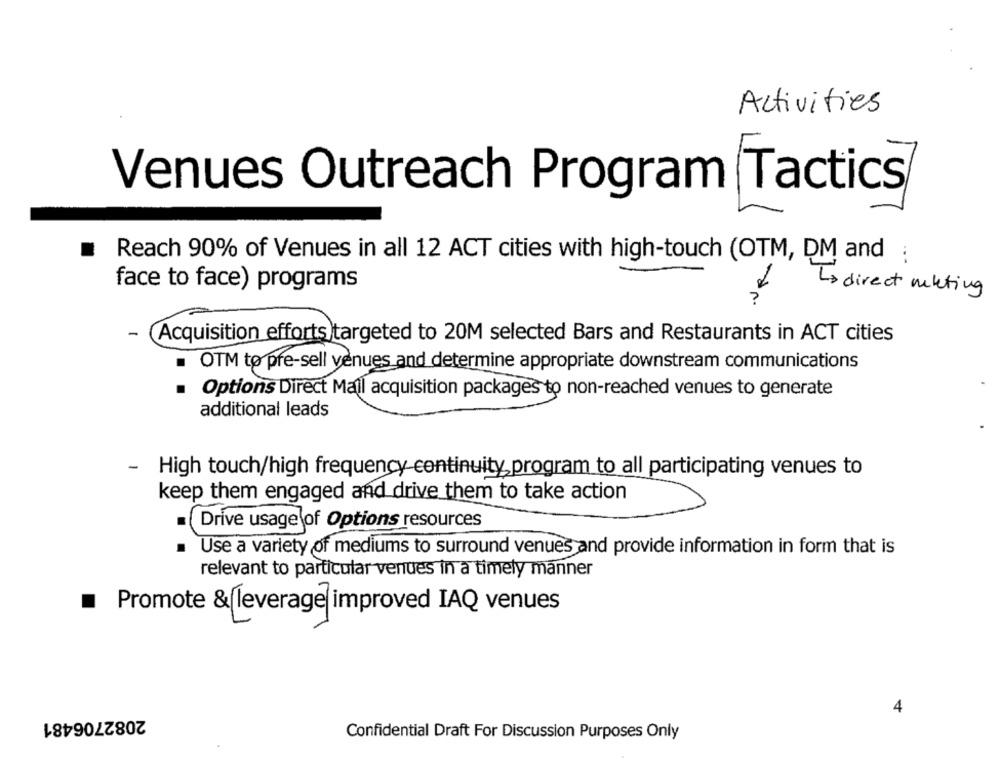
Activities
Venues Outreach Program Tactics
Reach 90% of Venues in all 12 ACT cities with high-touch (OTM, DM and ;
face to face) programs
To direct mkting
-
Acquisition efforts targeted to 20M selected Bars and Restaurants in ACT cities
OTM to pre-sell venues and determine appropriate downstream communications
Options Direct Mail acquisition packages to non-reached venues to generate
additional leads
- High touch/high frequency continuity program to all participating venues to
keep them engaged and drive them to take action
Drive usage of Options resources
Use a variety of mediums to surround venues and provide information in form that is
relevant to particular venues in a timely manner
Promote & leverage improved IAQ venues
2082706481
4
Confidential Draft For Discussion Purposes Only